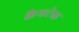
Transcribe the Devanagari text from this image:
कैपटेल